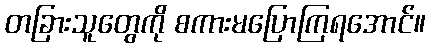
တခြားသူတွေကို စကားမပြောကြရအောင်။